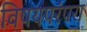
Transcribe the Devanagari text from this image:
विषयपरंपरा